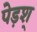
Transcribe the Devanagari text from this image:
पेड़श्